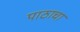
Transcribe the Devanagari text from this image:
पाठाचा